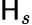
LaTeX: \mathsf{H}_{s}